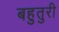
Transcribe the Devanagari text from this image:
बहुतुरी